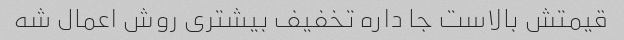
قیمتش بالاست جا داره تخفیف بیشتری روش اعمال شه